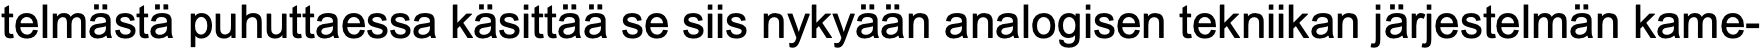
telmästä puhuttaessa käsittää se siis nykyään analogisen tekniikan järjestelmän kame-